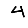
Digit: 4